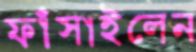
ফাঁসাইলেন